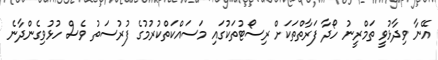
އޭނާ ވިދާޅުވީ ތަމްރީނު ހޯދާ ފަރާތްތަކަށް ރިސޯޓުތަކުގައި މަސައްކަތްކުރުމުގެ ފުރުސަތު ވެސް ހުޅުވިގެންދާނެ